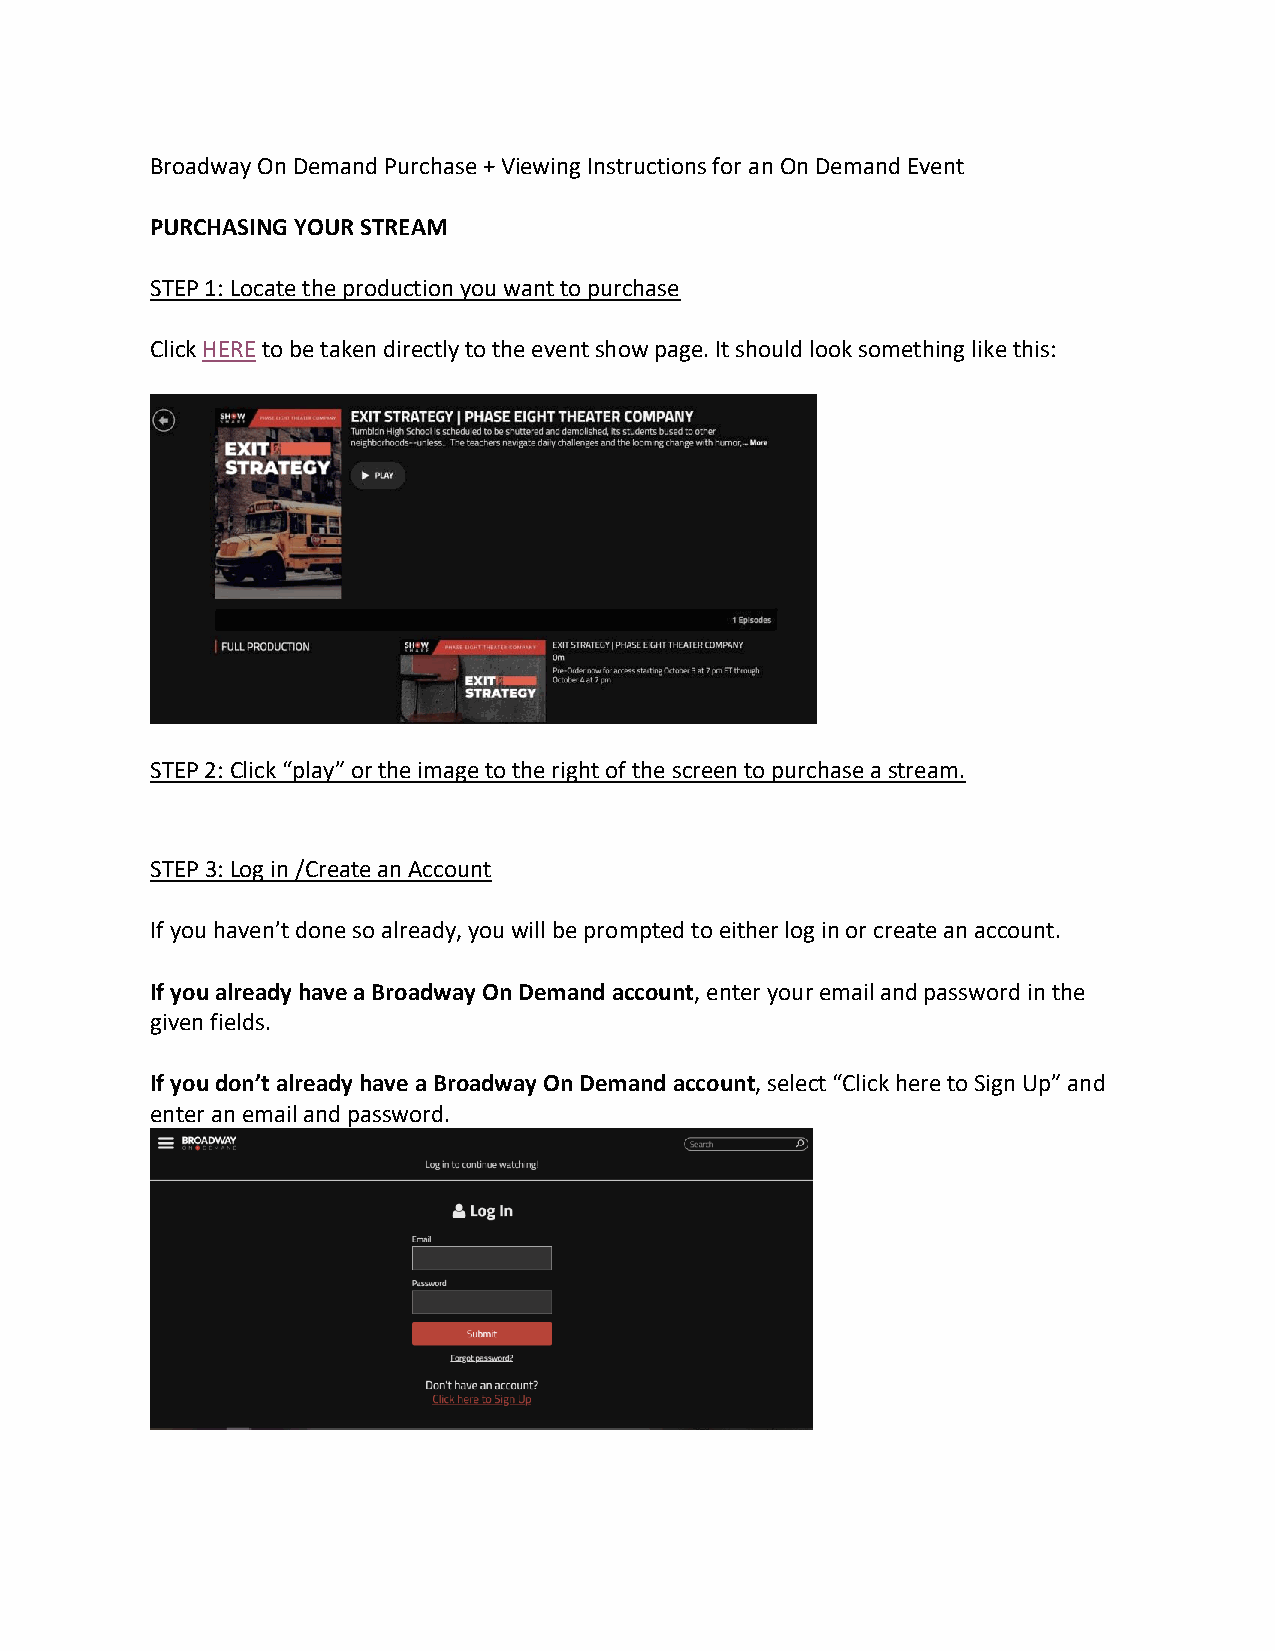
Broadway On Demand Purchase + Viewing Instructions for an On Demand Event
 PURCHASING YOUR STREAM
 STEP 1: Locate the production you want to purchase
 Click HERE to be taken directly to the event show page. It should look something like this:
 STEP 2: Click “play” or the image to the right of the screen to purchase a stream.
 STEP 3: Log in /Create an Account
 If you haven’t done so already, you will be prompted to either log in or create an account.
 If you already have a Broadway On Demand account, enter your email and password in the
 given fields.
 If you don’t already have a Broadway On Demand account, select “Click here to Sign Up” and
 enter an email and password.